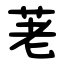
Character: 荖